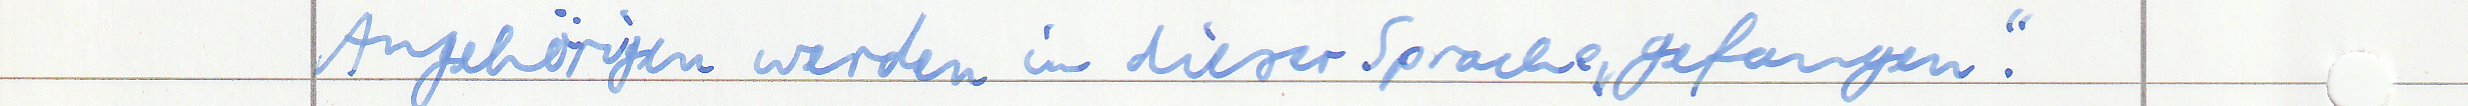
Angehörigen werden in dieser Sprache "gefangen".